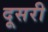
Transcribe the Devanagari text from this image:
दूसरी